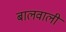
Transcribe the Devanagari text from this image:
बालवाली